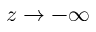
z \to - \infty